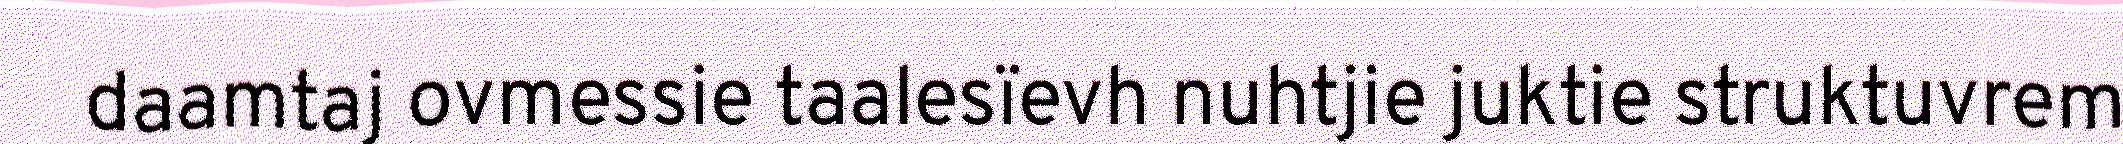
daamtaj ovmessie taalesïevh nuhtjie juktie struktuvrem